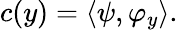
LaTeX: c(y)=\langle\psi,\varphi_{y}\rangle.